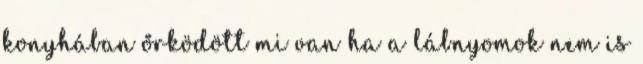
konyhában őrködött mi van ha a lábnyomok nem is